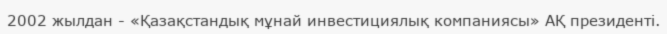
2002 жылдан - «Қазақстандық мұнай инвестициялық компаниясы» АҚ президенті.